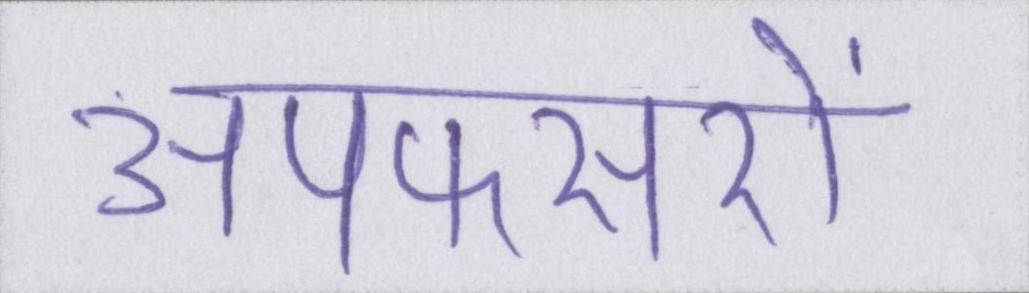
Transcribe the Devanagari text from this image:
अपफसरों